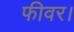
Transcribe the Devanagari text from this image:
फीवर।